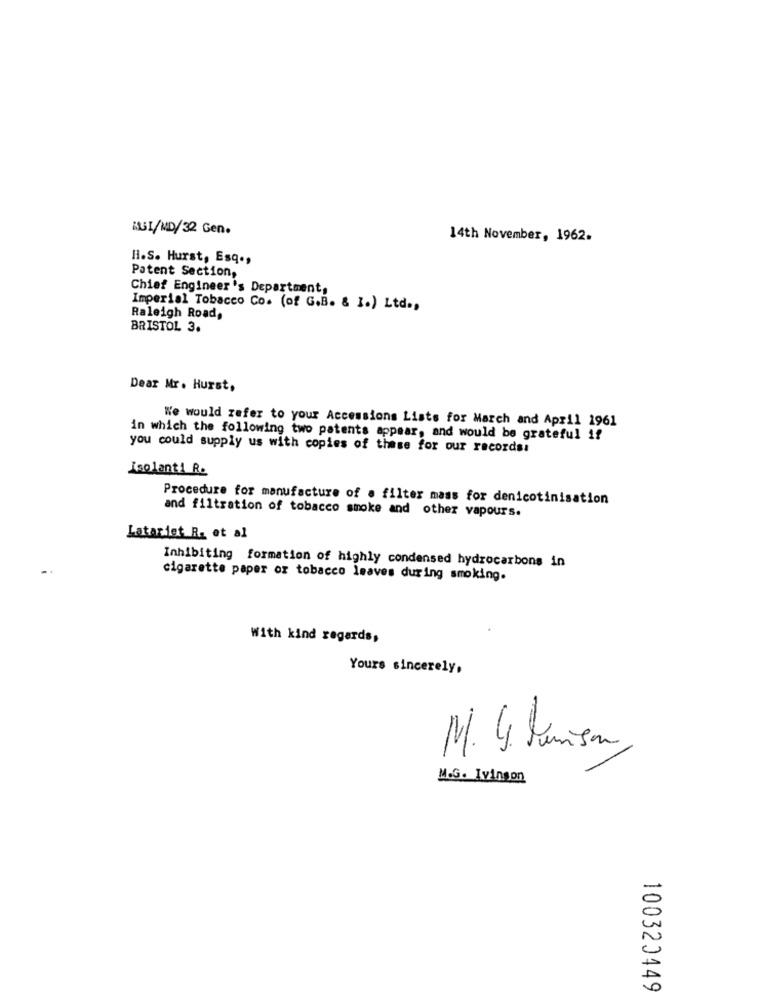
KUI/MD/32 Gen.
14th November, 1962.
H.S. Hurst, Esq .,
Patent Section,
Chief Engineer's Department,
Imperial Tobacco Co. (of G.B. & I.) Ltd .,
Raleigh Road,
BRISTOL 3.
Dear Mr. Hurst,
We would refer to your Accessions Lists for March and April 1961
in which the following two patents appear, and would be grateful if
you could supply us with copies of these for our records:
Isolanti R.
Procedure for manufacture of a filter mass for denicotinisation
and filtration of tobacco smoke and other vapours.
Latariet R. et al
Inhibiting formation of highly condensed hydrocarbons in
cigarette paper or tobacco leaves during smoking.
With kind regards,
Yours sincerely,
M. 4. Junison
M.G. Ivingon
100320449